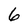
Character: 6